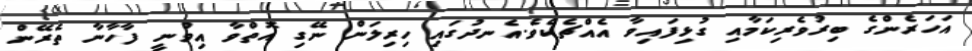
އަހަރެންގެ ބިރުވެރިކަމާއި ގުޅިފައިވާ އެއްޗެކެވެ.އެނދުގައި ހިރިލަން ނޭގި އޮތްވާ އިވުނީ ފާހާނާ ތެރޭން